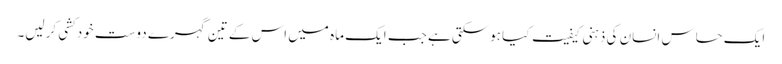
ایک حساس انسان کی ذہنی کیفیت کیا ہوسکتی ہے جب ایک ماہ میں اس کے تین گہرے دوست خودکشی کرلیں۔